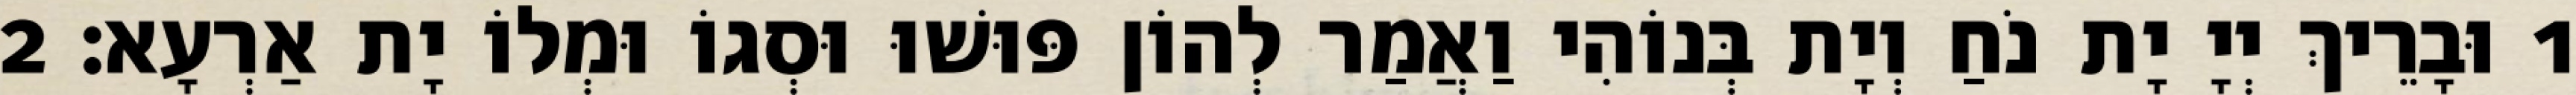
1 וּבָרֵיךְ יְיָ יָת נֹחַ וְיָת בְּנוֹהִי וַאֲמַר לְהוֹן פּוּשׁוּ וּסְגוֹ וּמְלוֹ יָת אַרְעָא׃ 2